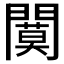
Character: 𫔩